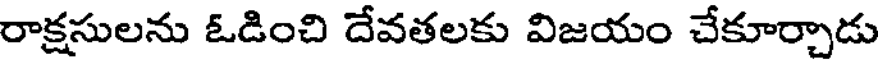
రాక్షసులను ఓడించి దేవతలకు విజయం చేకూర్చాడు